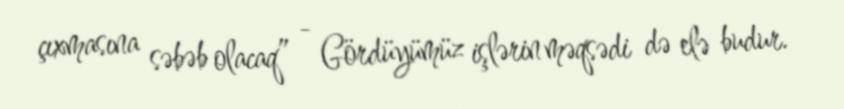
çıxmasına səbəb olacaq” - Gördüyümüz işlərin məqsədi də elə budur.